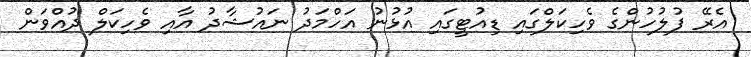
އެރޭ ފުލުހުންގެ ވެހިކަލްގައި ޑިއުޓީގައި އުޅުނު އަހްމަދު ނައުޝާދު އާއި ވެހިކަލް ދުއްވަން